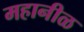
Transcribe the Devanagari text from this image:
महानीळ